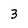
Character: 3